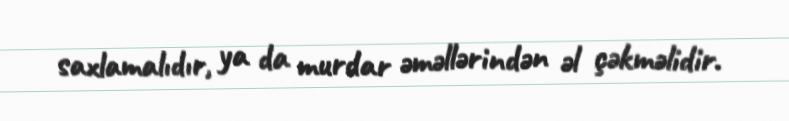
saxlamalıdır, ya da murdar əməllərindən əl çəkməlidir.